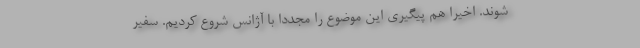
شوند. اخیراً هم پیگیری این موضوع را مجدداً با آژانس شروع کردیم. سفیر